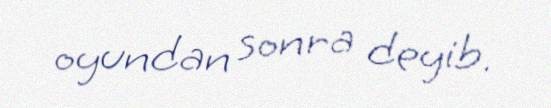
oyundan sonra deyib.